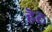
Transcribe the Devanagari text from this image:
हॆट